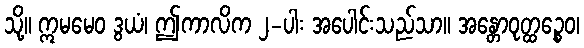
သို့။ ဣမမေဝ ဒွယံ၊ ဤကာလိက ၂-ပါး အပေါင်းသည်သာ။ အန္တောဝုတ္ထဉ္စေဝ၊